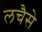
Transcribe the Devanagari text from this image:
लचैसे